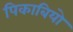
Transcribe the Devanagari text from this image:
पिकाबियो